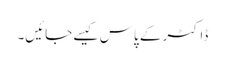
ڈاکٹر کے پاس کیسے جائیں۔